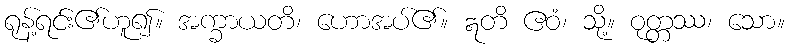
ရုန့်ရင်း၏ဟူ၍။ အက္ခာယတိ၊ ဟောအပ်၏။ ဣတိ ဧဝံ၊ သို့။ ဝုတ္တဿ၊ သော။